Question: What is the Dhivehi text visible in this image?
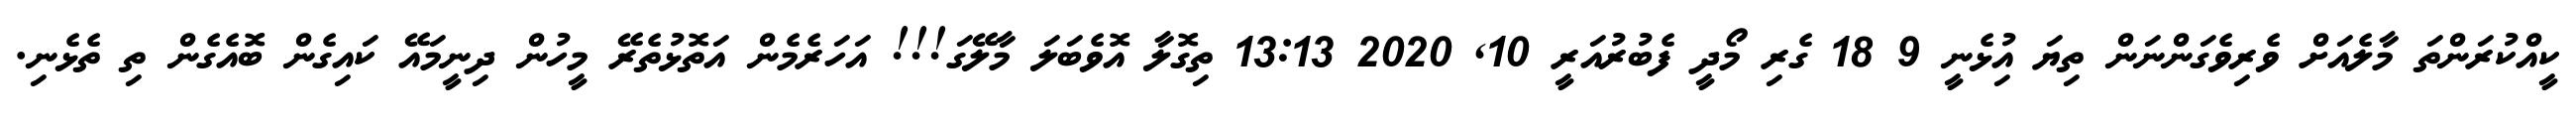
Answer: ކީއްކުރަންތަ މާލެއަށް ވެރިވެގަންނަން ތިޔަ އިުޅެނީ 9 18 ގެރި މޯދީ ފެބުރުއަރީ 10, 2020 13:13 ތިގޮލާ އޮވެބަލަ މާލޭގަ!!! އަހަރެމެން އަތޮޅުތެރޭ މީހުން ދިނީމައޭ ކައިގެން ބޮއެގެން ތި ތެޅެނި.